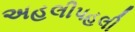
અહલીપહલી